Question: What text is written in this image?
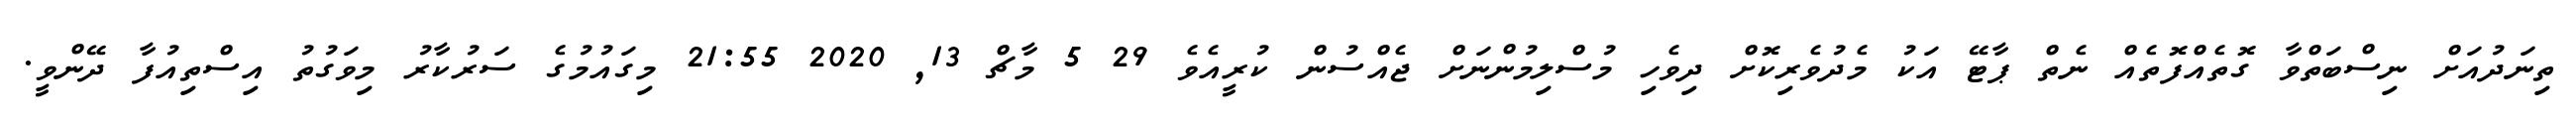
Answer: ތިނަދުއަށް ނިސްބަތްވާ ގޮތެއްފޮތެއް ނެތް ޕާޓޭ އަކު މެދުވެރިކޮށް ދިވެހި މުސްލިމުންނަށް ޖެއްސުން ކުރީއެވެ 29 5 މާޗް 13, 2020 21:55 މިގައުމުގެ ސަރުކާރު މިވަގުތު އިސްތިއުފާ ދޭންވީ.